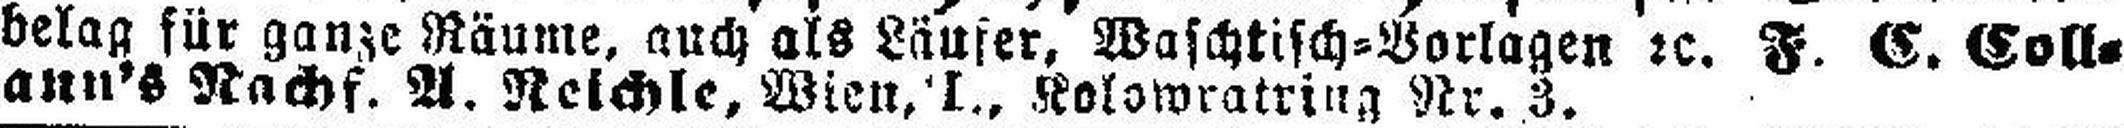
belag für ganze Räume, auch als Läufer, Waschtisch=Vorlagen 2c. F. C. Coll¬